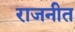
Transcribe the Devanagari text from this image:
राजनीत